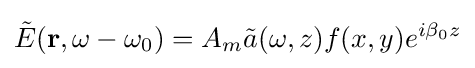
{\tilde {E}}(\mathbf {r} ,\omega -\omega _{0})=A_{m}{\tilde {a}}(\omega ,z)f(x,y)e^{i\beta _{0}z}